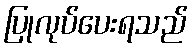
ပြုလုပ်ပေးရသည်